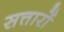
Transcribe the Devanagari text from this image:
सत्तारों